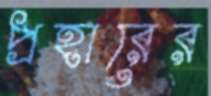
প্রহারের